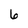
Character: 6